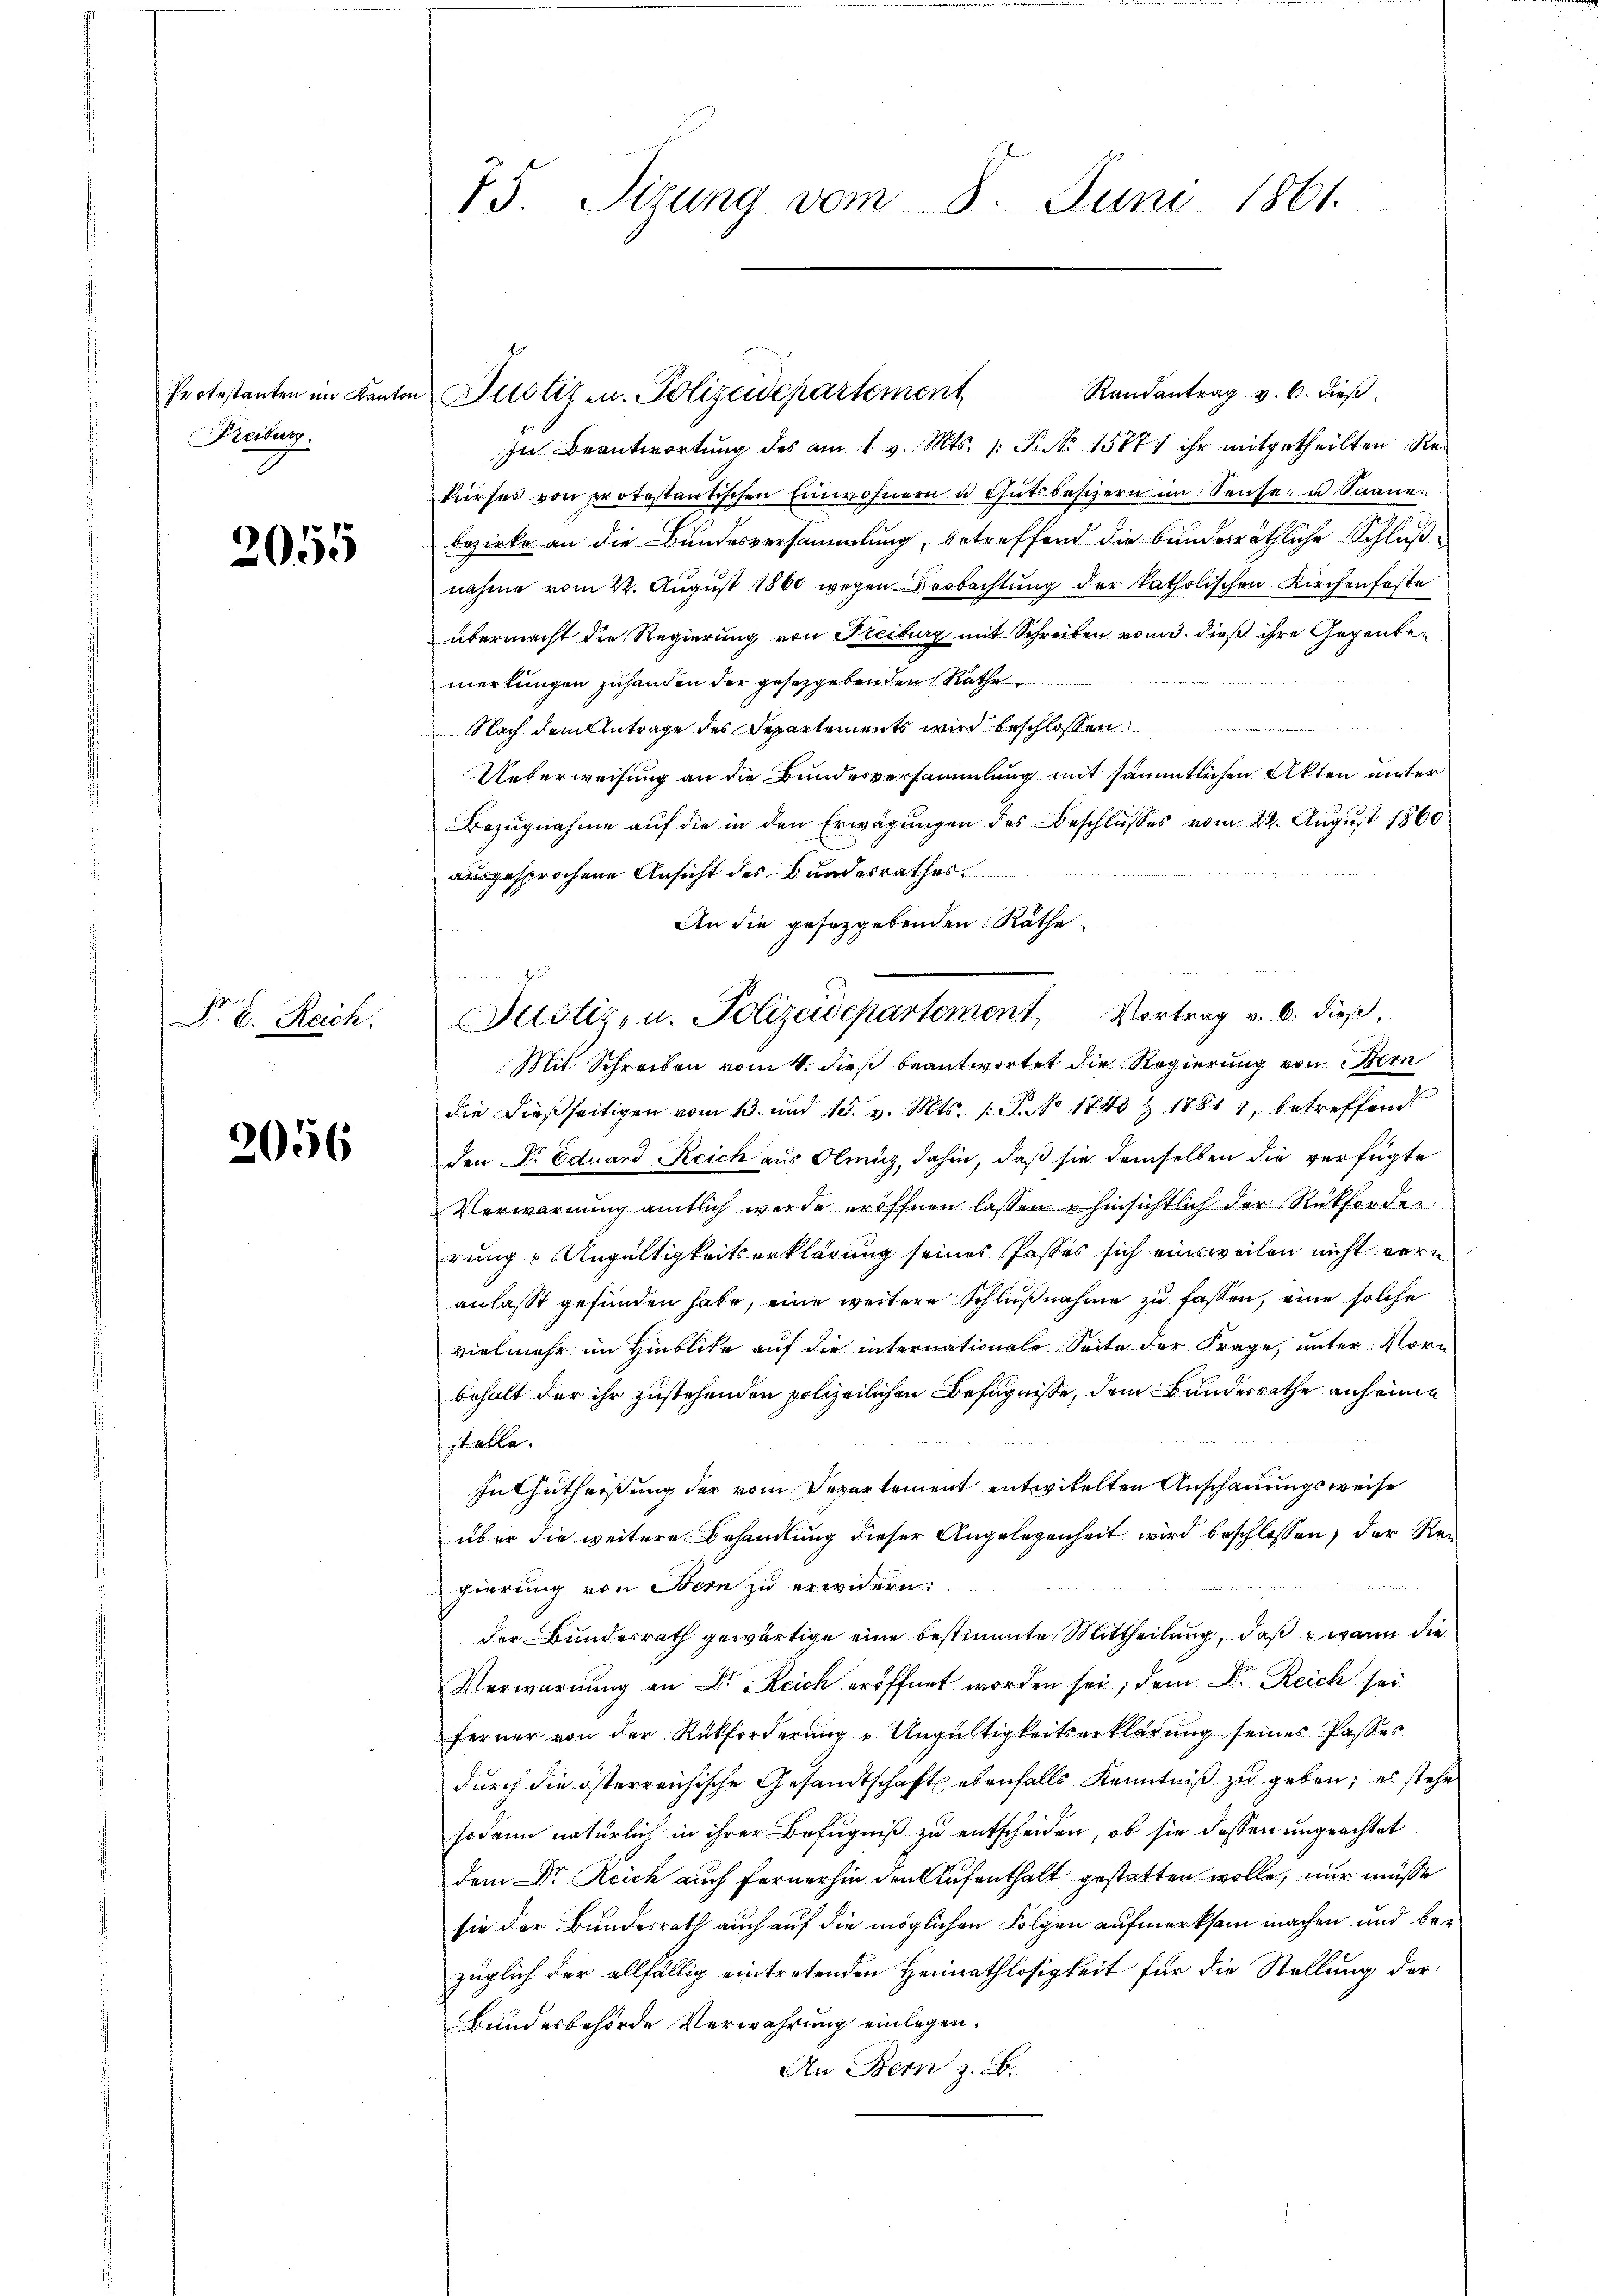
Protestanten im Kant
Freiburg.

2055

P. D. Reich.

2056

75. Sizung vom 8. Juni 1861.

in Justiz- u. Polizeidepartement

Justiz, u. Polizeidepartement, Vortrag v. 6. dieß,

Randantrag v. 6. dieß.
In Beantwortung des am 1. v. Mts. 1. P. Nr. 1587, ihr mitgetheilten Rekŭrses von protestantischen Einwohnern u. Gutsbesizern im Sense u. Saanen
Bezirke an die Bundesversammlung, betreffend die bundesräthliche Schlußnahme vom 22. August 1860 wegen Beobachtung der katholischen Kirchenfeste
übermacht die Regierung von Freiburg mit Schreiben vom 3. dieß ihre Gegenbemerkungen zuhanden der gesetzgebenden Rathe
Nach dem Antrage des Departements wird beschlossen
Ueberweisung an die Bundesversammlung mit sämmtlichen Akten unter
Bezugnahme auf die in den Erwägungen des Beschlusses vom 22. August 1860
ausgesprochene Ansicht des Bundesrathes
An die gesetzgebenden Räthe.
Mit Schreiben vom 4. dieß beantwortet die Regierung von Bern
die dießseitigen vom 13. und 15. v. Mts. 1. P. Nr. 1843 & 1781, betreffend
den Dr. Eduard Reich aus Olmuz, dahin, daß sie demselben die verfügte
Verwarnung amtlich werde eröffnen lassen u hinsichtlich der Rückforden.
rung u Ungültigkeitserklärung seines Posses sich einsweilen nicht vorn
anlasst gefunden habe, eine weitere Schlußnahme zu fassen, eine solche
vielmehr im Hinblike auf die internationale Seite der Frage, unter Vorbehalt der ihr zustehenden polizeilichen Befugnisse, dem Bundesrathe anheine
stelle.
Enthutheißung der vom Departement entwikelten Anschauungsweise
über die weitere Behandlung dieser Angelegenheit wird beschlossen, der Re¬

gierung von Bern zu erwidern.
der Bundesrath gewärtige eine bestimmte Mittheilung, daß wann die
Verwarnung an Dr. Reich eröffnet worden sei, dem Dr. Reich seiferner von der Rückforderung u Ungültigkeitserklärung seiner Passes
durch die österreichische Gesandtschaft ebenfalls Kenntniß zu geben, es stehe
sodann natürlich in ihrer Befugniß zu entscheiden, ob sie dessen ungeachtet
dem Dr. Reich auch fernerhin den Aufenthalt gestatten wolle, nur müsse
sie der Bundesrath auch auf die möglichen Folgen aufmerksam machen und bezüglich der allfällig eintretenden Heimathlosigkeit für die Stellung der
Bundesbehörde Verwahrung einlegen.
An Bern z. B.